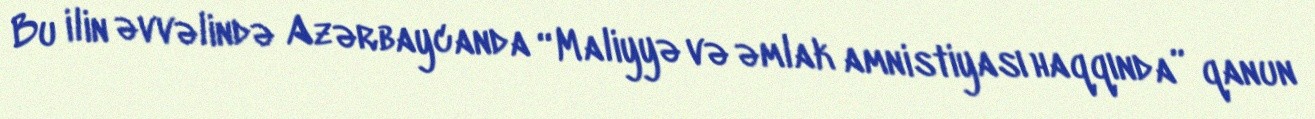
Bu ilin əvvəlində Azərbaycanda “Maliyyə və əmlak amnistiyası haqqında” qanun